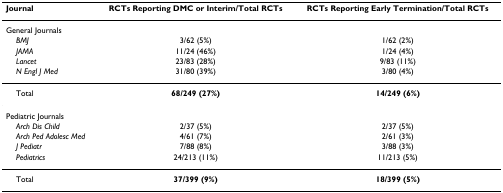
<table><thead><tr><td><b>Journal</b></td><td><b>RCTs Reporting DMC or Interim/Total RCTs</b></td><td><b>RCTs Reporting Early Termination/Total RCTs</b></td></tr></thead><tbody><tr><td>General Journals</td><td></td><td></td></tr><tr><td> <i>BMJ</i></td><td>3/62 (5%)</td><td>1/62 (2%)</td></tr><tr><td> <i>JAMA</i></td><td>11/24 (46%)</td><td>1/24 (4%)</td></tr><tr><td> <i>Lancet</i></td><td>23/83 (28%)</td><td>9/83 (11%)</td></tr><tr><td> <i>N Engl J Med</i></td><td>31/80 (39%)</td><td>3/80 (4%)</td></tr><tr><td> Total</td><td><b>68/249 (27%)</b></td><td><b>14/249 (6%)</b></td></tr><tr><td>Pediatric Journals</td><td></td><td></td></tr><tr><td> <i>Arch Dis Child</i></td><td>2/37 (5%)</td><td>2/37 (5%)</td></tr><tr><td> <i>Arch Ped Adolesc Med</i></td><td>4/61 (7%)</td><td>2/61 (3%)</td></tr><tr><td> <i>J Pediatr</i></td><td>7/88 (8%)</td><td>3/88 (3%)</td></tr><tr><td> <i>Pediatrics</i></td><td>24/213 (11%)</td><td>11/213 (5%)</td></tr><tr><td> Total</td><td><b>37/399 (9%)</b></td><td><b>18/399 (5%)</b></td></tr></tbody></table>